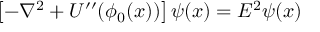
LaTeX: \left[ - \nabla ^ { 2 } + U ^ { \prime \prime } ( \phi _ { 0 } ( x ) ) \right] \psi ( x ) = E ^ { 2 } \psi ( x )